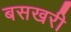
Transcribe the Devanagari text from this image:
बसखरी